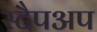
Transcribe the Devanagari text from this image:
स्टैपअप